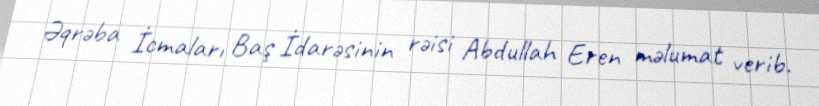
Əqrəba İcmaları Baş İdarəsinin rəisi Abdullah Eren məlumat verib.